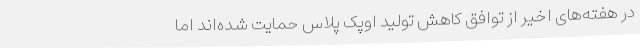
در هفته‌های اخیر از توافق کاهش تولید اوپک پلاس حمایت شده‌اند اما